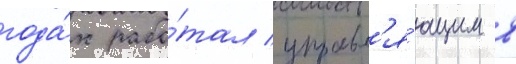
года́х рабо́тал управл'я́ющим в